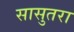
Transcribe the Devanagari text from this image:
सासुतरा